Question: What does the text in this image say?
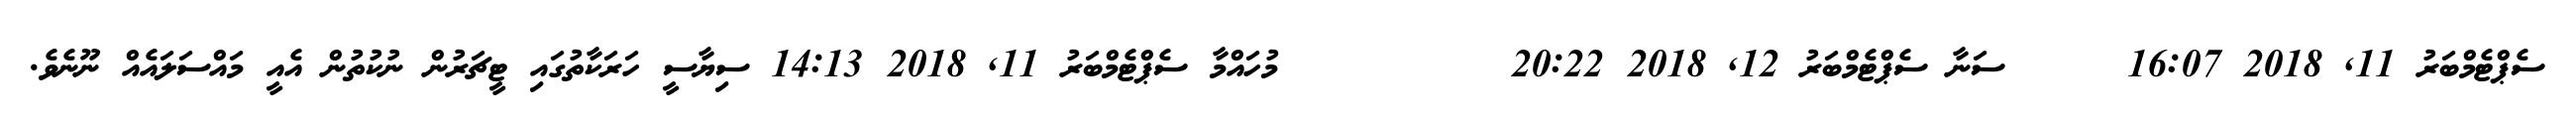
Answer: ސެޕްޓެމްބަރު 11, 2018 16:07 ????? ސަނާ ސެޕްޓެމްބަރު 12, 2018 20:22 ???????????? މުހައްމާ ސެޕްޓެމްބަރު 11, 2018 14:13 ސިޔާސީ ހަރަކާތުގައި ޓީޗަރުން ނުކުތުން އެއީ މައްސަލައެއް ނޫނެވެ.